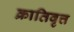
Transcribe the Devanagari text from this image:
क्रातिवृत्त